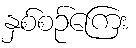
နှစ်စဉ်ကြေး